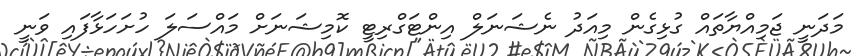
މަދަނީ ޖަމިއްޔާތައް ގުޅިގެން މިއަދު ނެޝަނަލް އިންޓަގްރިޓީ ކޮމިޝަނަށް މައްސަލަ ހުށަހަޅާފައި ވަނީ